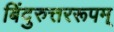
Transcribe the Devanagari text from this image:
बिंदुरुत्तररूपम्